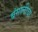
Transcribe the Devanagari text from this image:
बंगालीचा